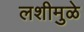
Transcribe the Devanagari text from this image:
लशीमुळे